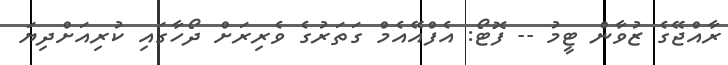
ރާއްޖޭގެ ޒުވާން ޓީމު -- ފޮޓޯ: އެފްއޭއެމް ގަތަރުގެ ވެރިރަށް ދޯހާގައި ކުރިއަށްދިޔަ